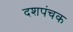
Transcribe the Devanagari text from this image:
दशपंचक